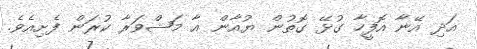
އަދި އޭނާ އޮފީހާ ގުޅޭ ގޮތުން ޔުއާން އާ މަޝްވަރާ ކުރަން ފެށިއެވެ.